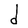
Character: d